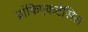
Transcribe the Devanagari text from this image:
ब्रांकिएकटैसिस